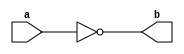
module NotGate(a,b) ;   // 1

output b ;
input a ;

nand(b,a,a) ;

endmodule 

module AndGate(a,b,c) ;  // 2 

output c ;
input a,b ;
wire x ;

nand(x,a,b);
nand(c,x,x) ;

endmodule 

module OrGate(a,b,c) ;  // 3 

output c ;
input a,b ;
wire x,y ;

nand(x,a,a) ;
nand(y,b,b) ;
nand(c,x,y) ;

endmodule

module DMux1x2(c,s,a,b) ;  // 13

output a,b ;
input s,c ;
wire s_,x1,y1,x2,y2,z ;

NotGate NG_1(s,s_) ;

AndGate AG_0(c,s_,x1) ;
AndGate AG_0_0(z,s,y1) ;
OrGate OG1(y1,x1,a) ;

AndGate AG_1(c,s,x2) ;
AndGate AG_1_0(z,s_,y2) ;
OrGate OG2(y2,x2,b) ;

endmodule